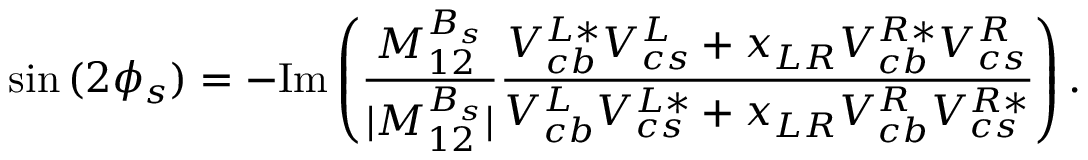
\sin { ( 2 \phi _ { s } ) } = - \mathrm { I m } \left( { \frac { M _ { 1 2 } ^ { B _ { s } } } { | M _ { 1 2 } ^ { B _ { s } } | } } { \frac { V _ { c b } ^ { L * } V _ { c s } ^ { L } + x _ { L R } V _ { c b } ^ { R * } V _ { c s } ^ { R } } { V _ { c b } ^ { L } V _ { c s } ^ { L * } + x _ { L R } V _ { c b } ^ { R } V _ { c s } ^ { R * } } } \right) .